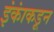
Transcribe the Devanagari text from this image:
इंकांकडून